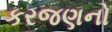
કરજણનો